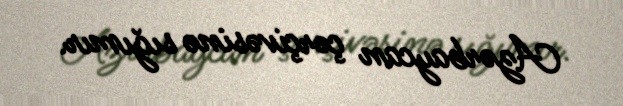
Azərbaycan çərçivəsinə sığımır.